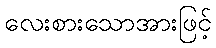
လေးစားသောအားဖြင့်